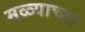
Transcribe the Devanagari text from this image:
मळ्याच्या